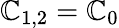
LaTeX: \mathbb{C}_{1,2}=\mathbb{C}_{0}